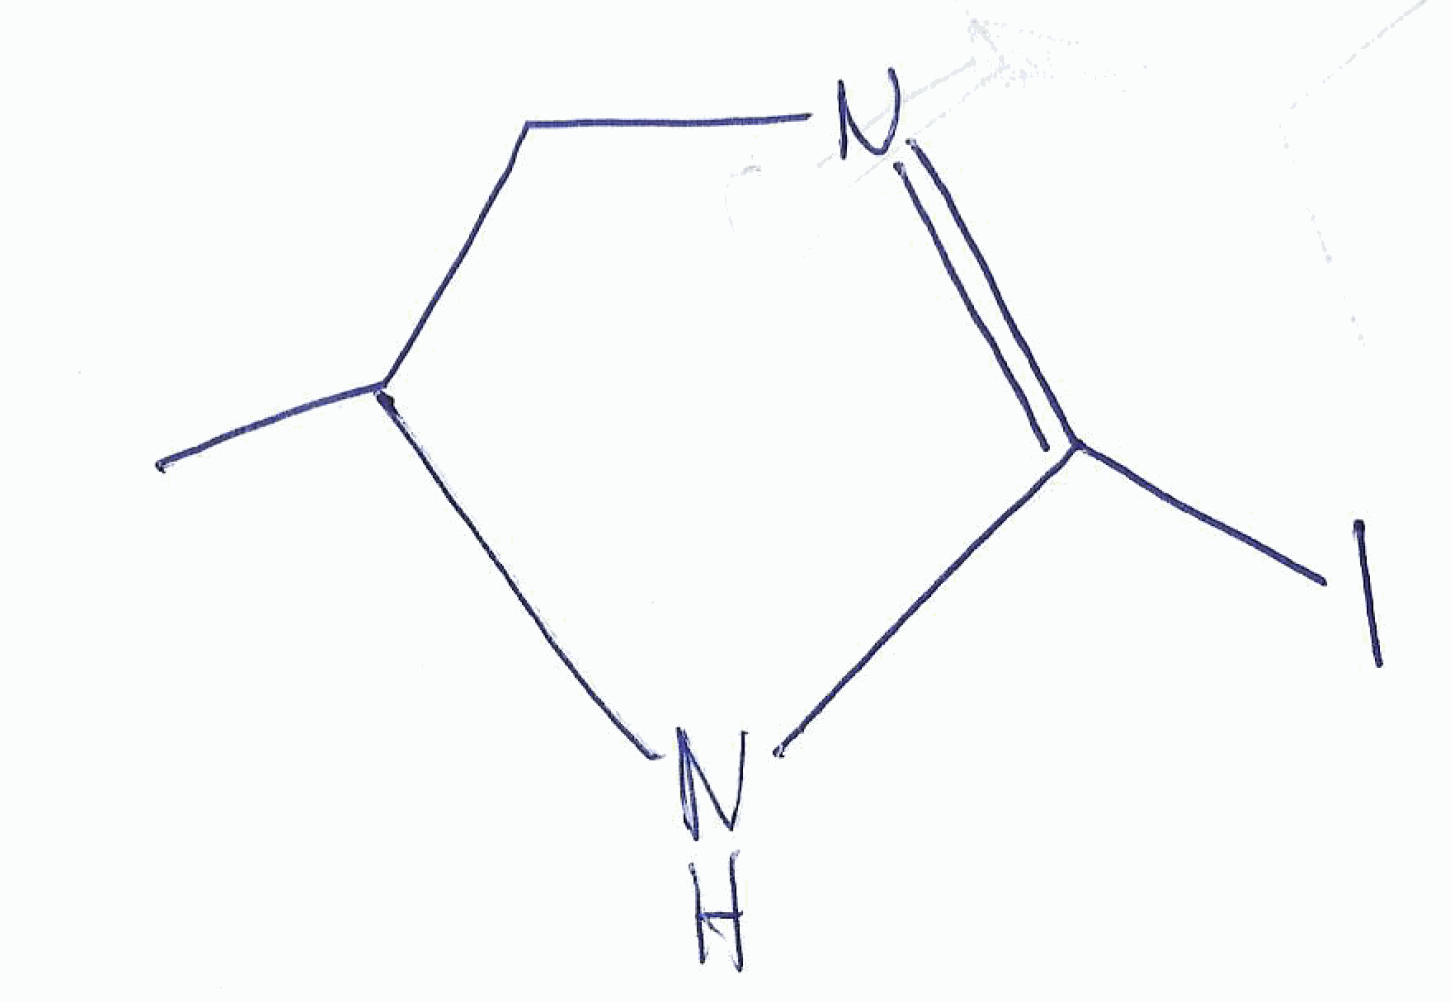
Simplified molecular-input line-entry system (SMILES) notation of the given molecule:
CC1CN=C(N1)I